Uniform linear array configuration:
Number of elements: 24
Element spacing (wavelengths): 1
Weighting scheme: binomial
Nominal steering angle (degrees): -45
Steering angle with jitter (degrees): -44.355
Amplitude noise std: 0.05
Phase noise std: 0.05

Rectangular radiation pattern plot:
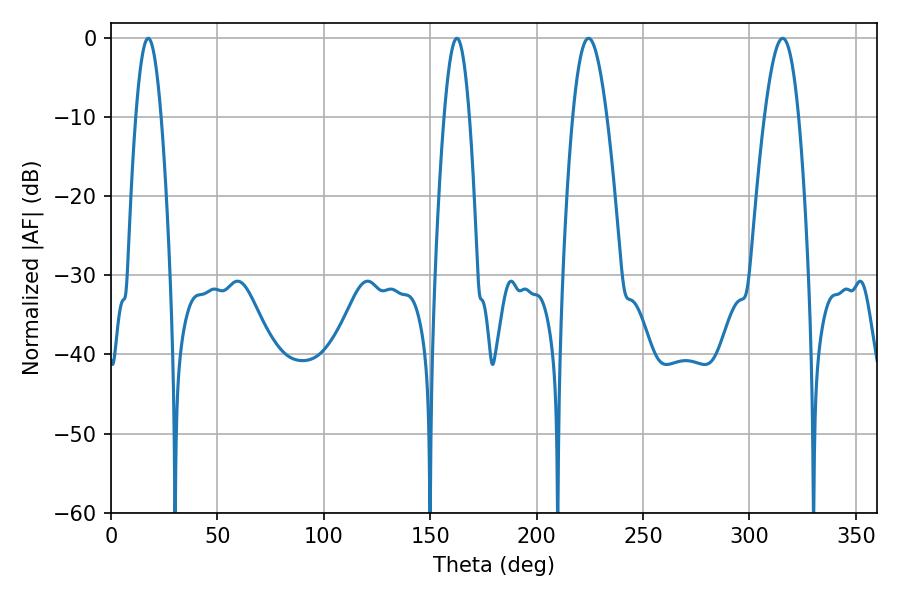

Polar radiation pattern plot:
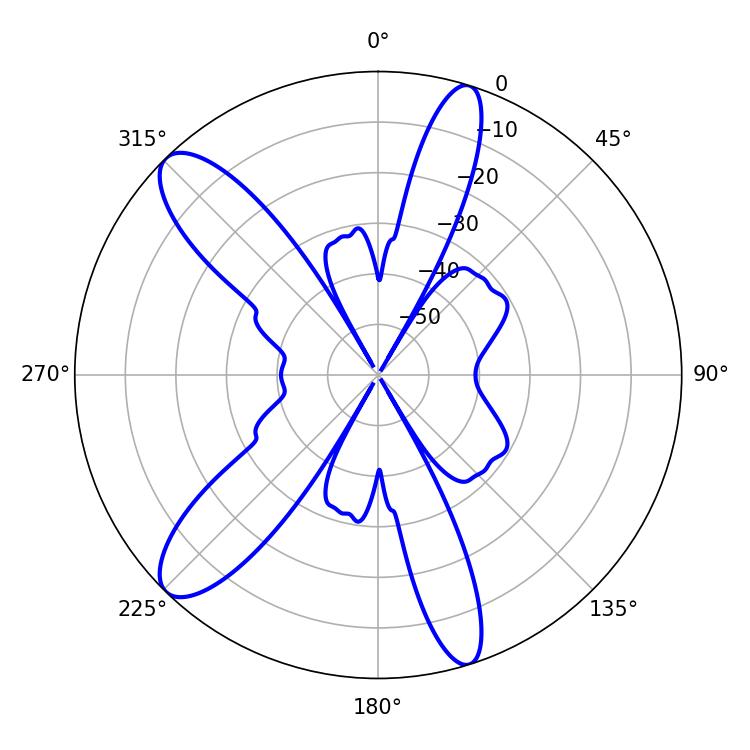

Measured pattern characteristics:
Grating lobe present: TRUE
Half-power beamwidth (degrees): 6.48
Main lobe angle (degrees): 162.54